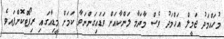
މުހައްމަދު ޖަމީލް އަހްމަދު ވެސް މާދަމާ ލަންކާއަށް ވަޑައިގަންނަވާ ކަމަށް މީޑިއާގައި ރިޕޯޓްކޮށްފައވެ